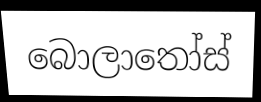
බොලාතෝස්